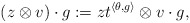
\begin{align*}(z \otimes v) \cdot g := z t^{\langle \theta, g\rangle} \otimes v \cdot g,\end{align*}